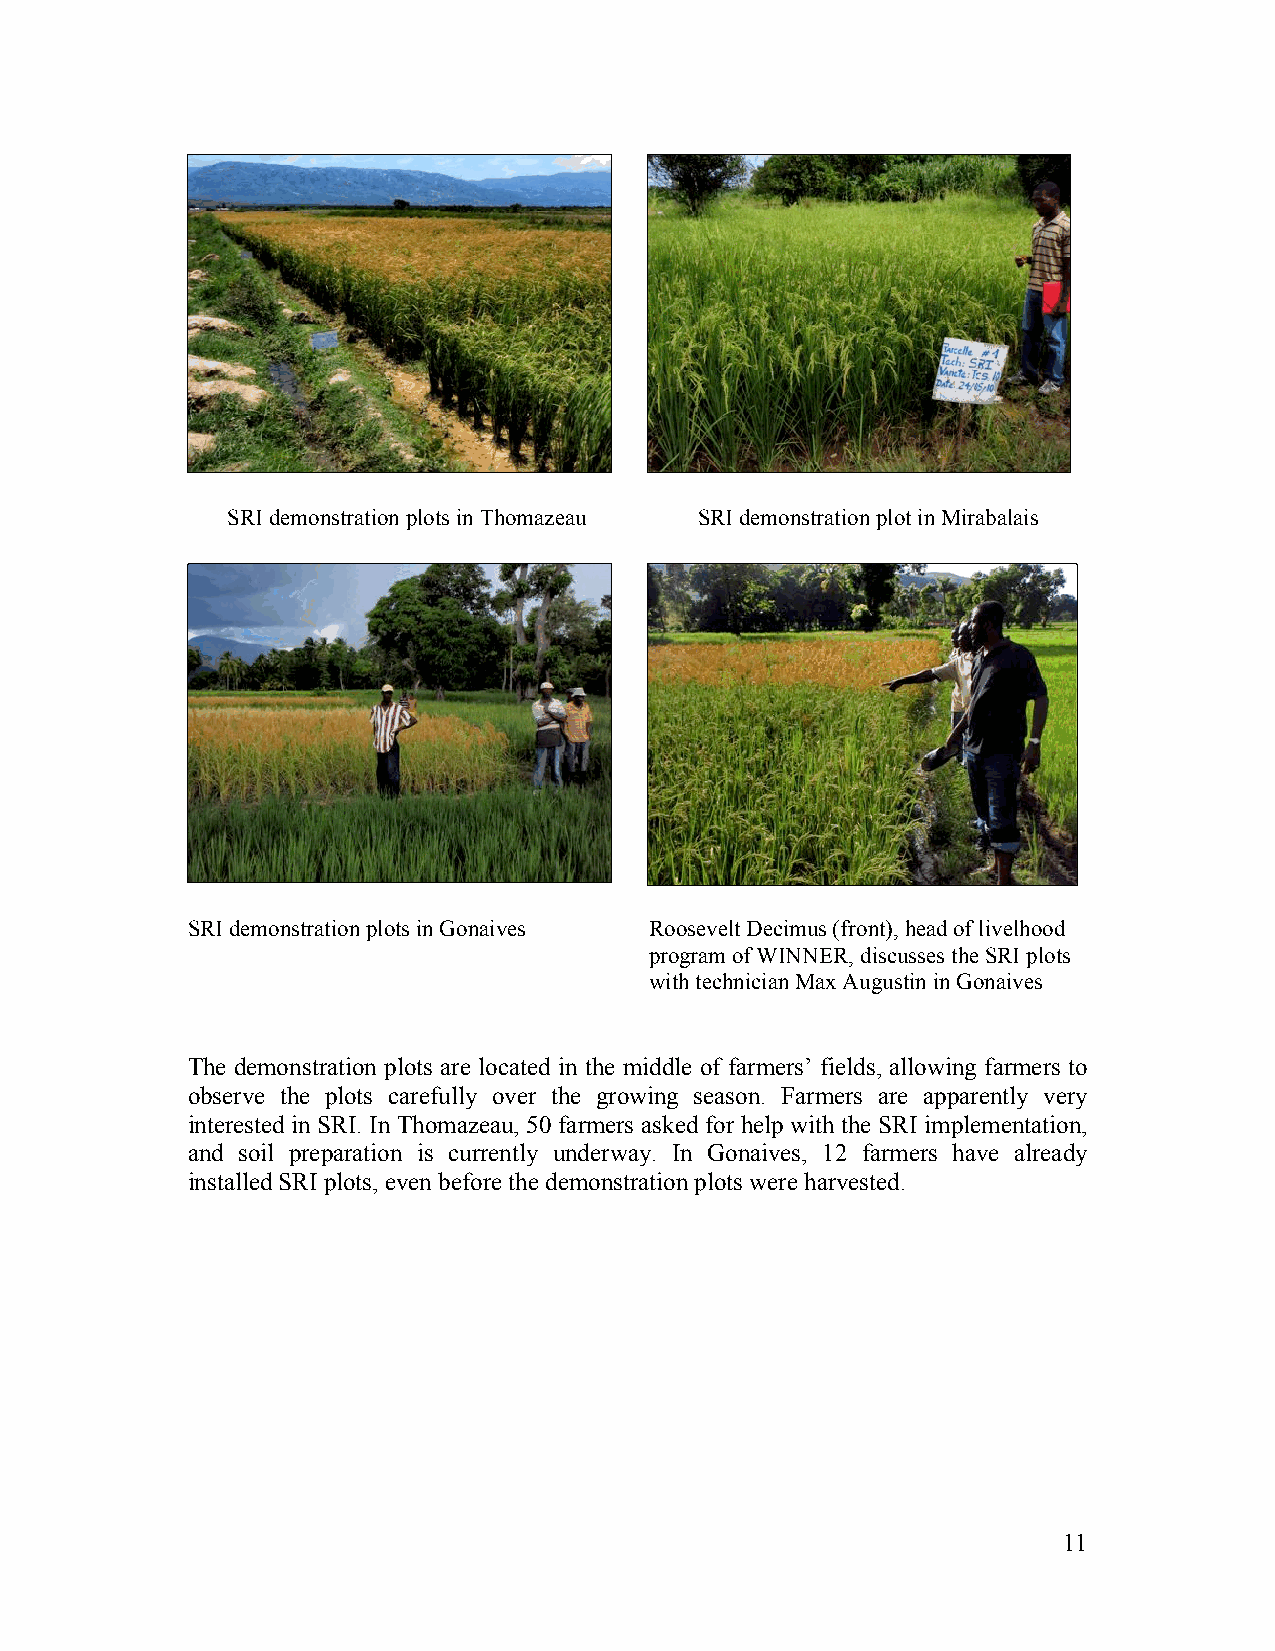
SRI demonstration plots in Thomazeau SRI demonstration plot in Mirabalais
 SRI demonstration plots in Gonaives Roosevelt Decimus (front), head of livelhood
 program of WINNER, discusses the SRI plots
 with technician Max Augustin in Gonaives
 The demonstration plots are located in the middle of farmers’ fields, allowing farmers to
 observe the plots carefully over the growing season. Farmers are apparently very
 interested in SRI. In Thomazeau, 50 farmers asked for help with the SRI implementation,
 and soil preparation is currently underway. In Gonaives, 12 farmers have already
 installed SRI plots, even before the demonstration plots were harvested.
 11